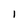
Character: I